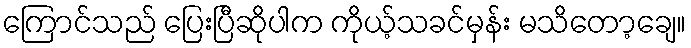
ကြောင်သည် ပြေးပြီဆိုပါက ကိုယ့်သခင်မှန်း မသိတော့ချေ။